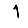
Digit: 1